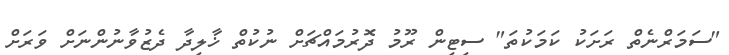
"ސަމަރްނެތް ރަށަކު ކަމަކުތަ" ސިޓިން ރޫމު ދޮރުމައްޗަށް ނުކުތް ޚާލިދާ ދެޒުވާނުންނަށް ވަރަށް